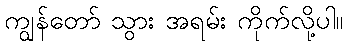
ကျွန်တော် သွား အရမ်း ကိုက်လို့ပါ။